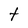
Character: t